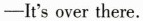
-It's over there.